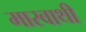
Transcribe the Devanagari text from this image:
मारवाथी